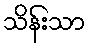
သိန်းသာ